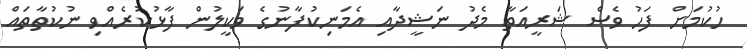
ހުކުމަށް ފަހު ވެސް ޝަރީއަތާ މެދު ނަޝީދާއި އެމަނިކުފާނުގެ ވަކީލުން ފާޅުކުރެއްވި ނުކުތާތައް